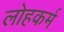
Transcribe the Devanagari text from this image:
लोहकर्म